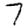
Digit: 7